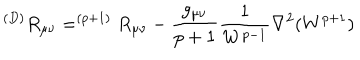
^ { ( D ) } R _ { \mu \nu } = ^ { ( p + 1 ) } R _ { \mu \nu } - { \frac { g _ { \mu \nu } } { p + 1 } } { \frac { 1 } { W ^ { p - 1 } } } \nabla ^ { 2 } ( W ^ { p + 1 } )